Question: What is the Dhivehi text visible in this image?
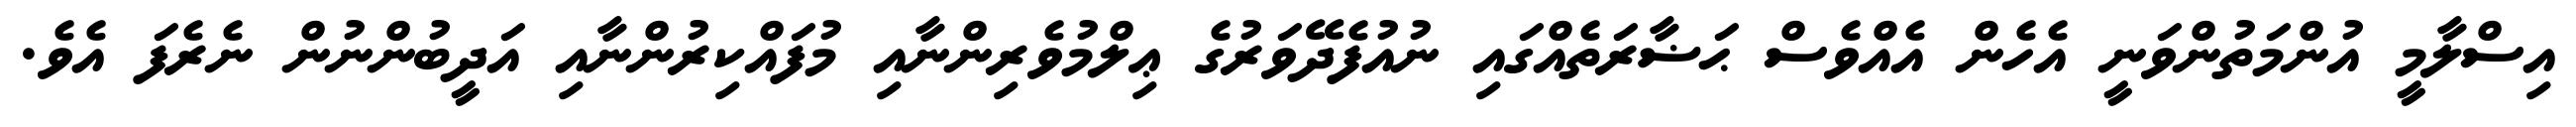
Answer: އިސްލާމީ އުންމަތުންވަނީ އެހެން އެއްވެސް ޙަޟާރަތެއްގައި ނުއުފެދޭވަރުގެ ޢިލްމުވެރިންނާއި މުފައްކިރުންނާއި އަދީބުންނުން ނެރެފަ އެވެ.